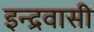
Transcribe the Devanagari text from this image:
इन्द्रवासी